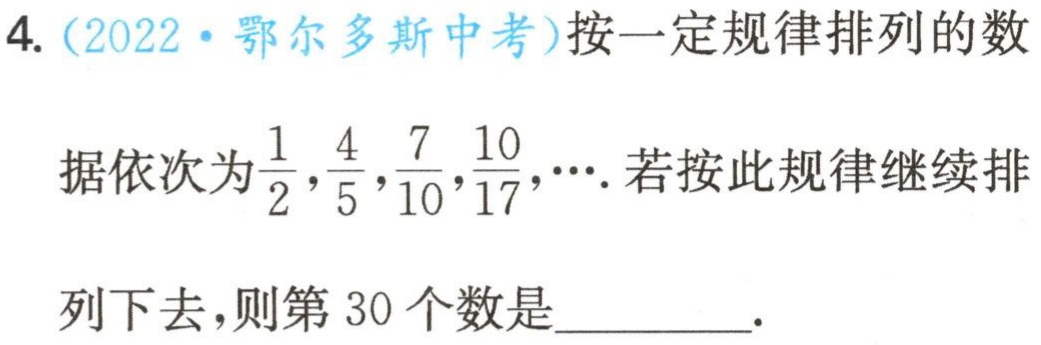
4.（2022·鄂尔多斯中考）按一定规律排列的数
据依次为$\frac{1}{2},\frac{4}{5},\frac{7}{10},\frac{10}{17},\cdots$. 若按此规律继续排
列下去，则第$30$个数是________.